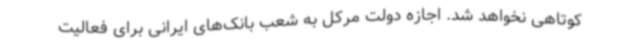
کوتاهی نخواهد شد. اجازه دولت مرکل به شعب بانک‌های ایرانی برای فعالیت